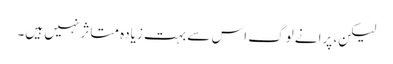
لیکن، پرانے لوگ اس سے بہت زیادہ متاثر نہیں ہیں۔